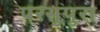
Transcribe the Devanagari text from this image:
परसुपुरा